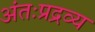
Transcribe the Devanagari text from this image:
अंतःप्रद्रव्य